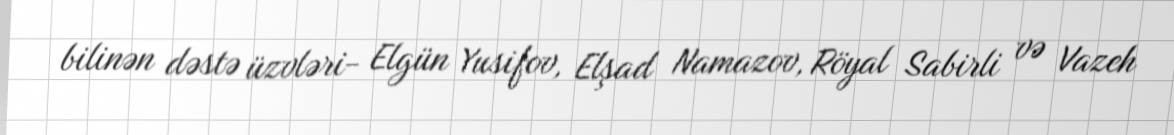
bilinən dəstə üzvləri- Elgün Yusifov, Elşad Namazov, Röyal Sabirli və Vazeh